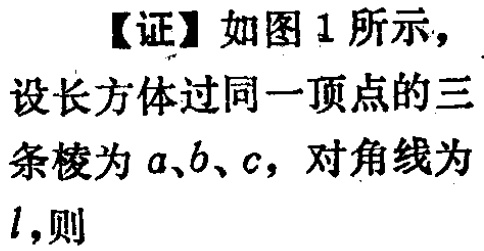
【证】如图1所示，
设长方体过同一顶点的三条棱为\(a\)、\(b\)、\(c\)，对角线为\(l\)，则